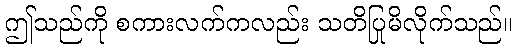
ဤသည်ကို စကားလက်ကလည်း သတိပြုမိလိုက်သည်။